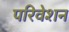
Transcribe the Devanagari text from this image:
परिवेशन